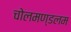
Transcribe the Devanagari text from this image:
चोलमण्डलम